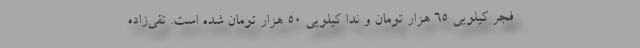
فجر کیلویی 65 هزار تومان و ندا کیلویی 50 هزار تومان شده است. تقی‌زاده